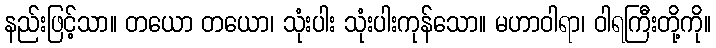
နည်းဖြင့်သာ။ တယော တယော၊ သုံးပါး သုံးပါးကုန်သော။ မဟာဝါရာ၊ ဝါရကြီးတို့ကို။